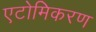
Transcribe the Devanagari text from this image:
एटोमिकरण